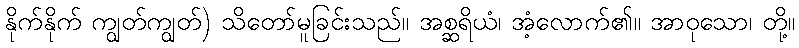
နိုက်နိုက် ကျွတ်ကျွတ်) သိတော်မူခြင်းသည်။ အစ္ဆရိယံ၊ အံ့လောက်၏။ အာဝုသော၊ တို့။